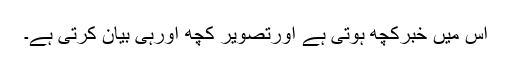
اس میں خبرکچھ ہوتی ہے اورتصویر کچھ اورہی بیان کرتی ہے۔